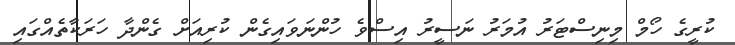
ކުރީގެ ހޯމް މިނިސްޓަރު އުމަރު ނަސީރު އިސްވެ ހުންނަވައިގެން ކުރިއަށް ގެންދާ ހަރަކާތެއްގައި